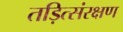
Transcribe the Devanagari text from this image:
तड़ित्संरक्षण